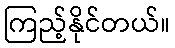
ကြည့်နိုင်တယ်။